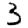
Digit: 3